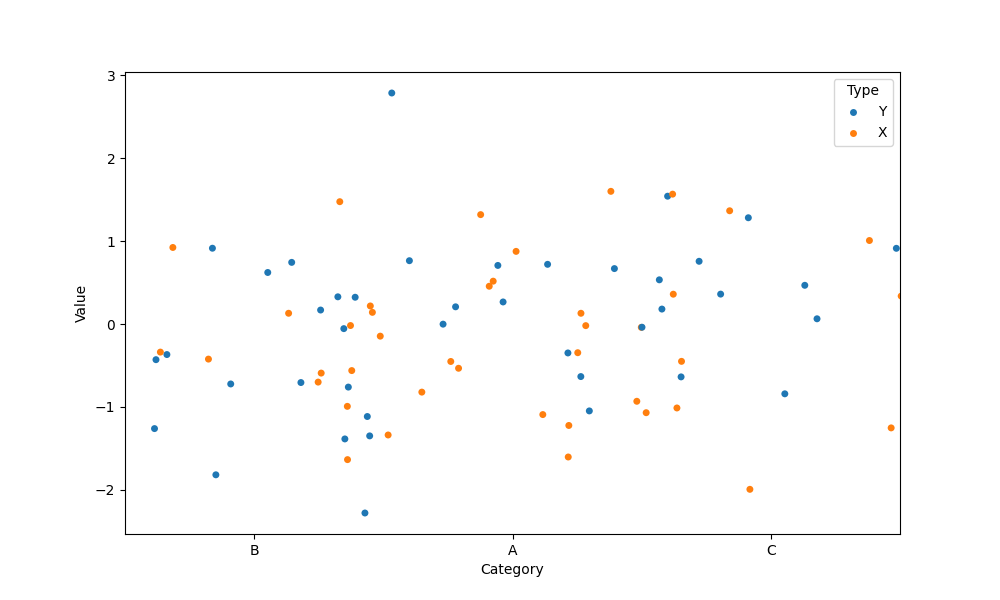
python, seaborn, stripplot, jitter=True, dodge=False, alpha=1.0, size=5